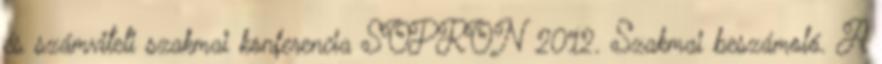
és számviteli szakmai konferencia SOPRON 2012. Szakmai beszámoló. A